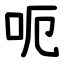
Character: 呃